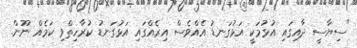
"ސިޔާސީ ދާއިގައި އުޅުމަކީ އަޅުގަނޑު އެއްވެސް އިރެއްގައި އަޅުގަނޑު ކުރާހިތްވި ކަމެއް ނޫން.